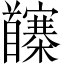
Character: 𩠵